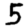
Digit: 5